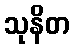
သုနိတ